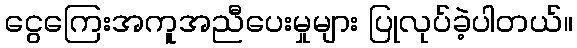
ငွေကြေးအကူအညီပေးမှုများ ပြုလုပ်ခဲ့ပါတယ်။